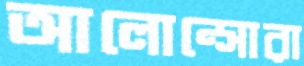
আলোন্সোরা